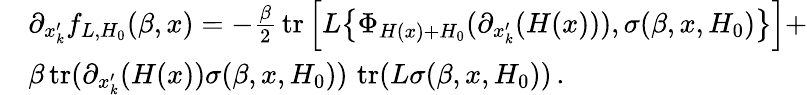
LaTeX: \begin{array}{rl}&{\partial_{x_{k}^{\prime}}f_{L,H_{0}}(\beta,x)=-\frac{\beta}{2}\, \operatorname{tr}\Big[L\big\{ \Phi_{H(x)+H_{0}}(\partial_{x_{k}^{\prime}}(H(x))),\sigma(\beta,x,H_{0})\big\} \Big]+}\\ &{\beta\operatorname{tr}(\partial_{x_{k}^{\prime}}(H(x))\sigma(\beta,x,H_{0}))\, \operatorname{tr}(L\sigma(\beta,x,H_{0}))\, .}\end{array}